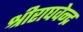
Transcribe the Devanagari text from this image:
श्रीराघवेन्द्र